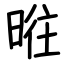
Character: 暀